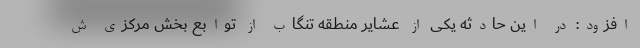
افزود: در این حادثه یکی از عشایر منطقه تنگاب از توابع بخش مرکزی ش